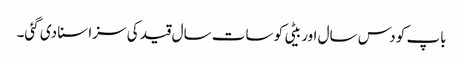
باپ کو دس سال اور بیٹی کو سات سال قید کی سزا سنا دی گئی۔